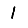
Digit: 1